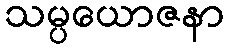
သမ္ပယောဇနာ